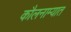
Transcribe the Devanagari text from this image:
कौलनाम्यात